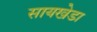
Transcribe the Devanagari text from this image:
सायखेडा